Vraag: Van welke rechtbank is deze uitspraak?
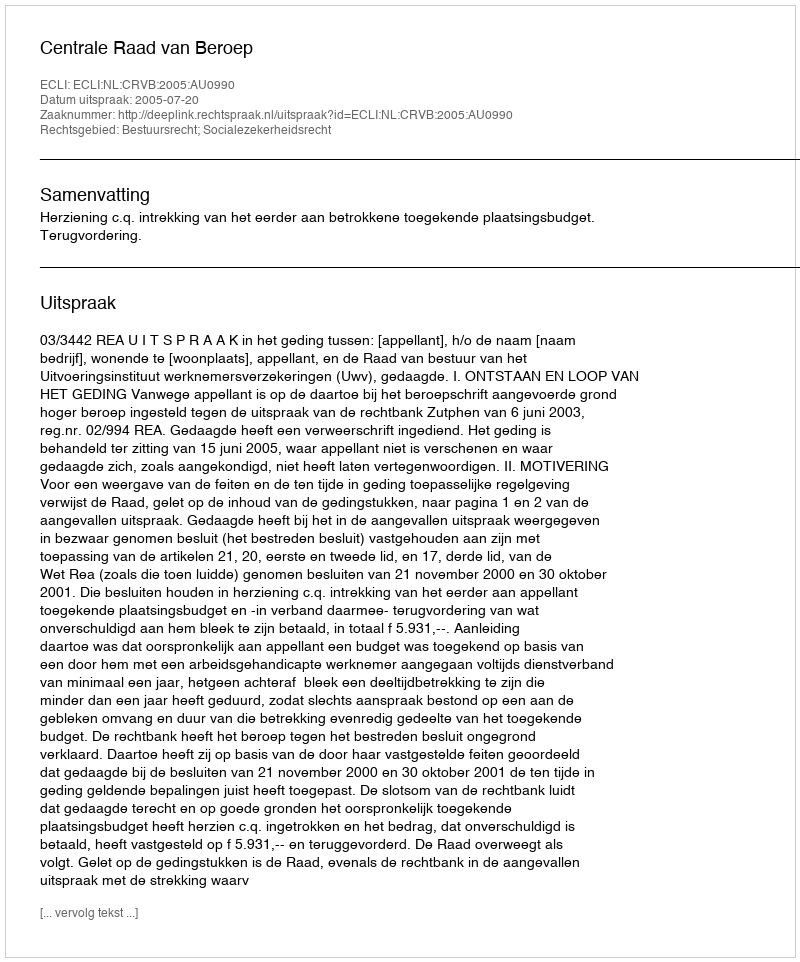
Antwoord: Centrale Raad van Beroep